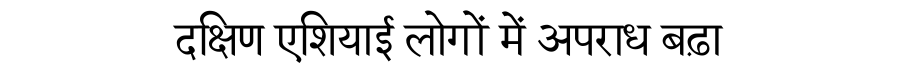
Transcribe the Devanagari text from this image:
दक्षिण एशियाई लोगों में अपराध बढ़ा